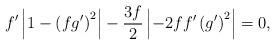
LaTeX: \begin{align*}f^{\prime }\left\vert 1-\left( fg^{\prime }\right) ^{2}\right\vert -\frac{3f}{2}\left\vert -2ff^{\prime }\left( g^{\prime }\right) ^{2}\right\vert=0, \end{align*}